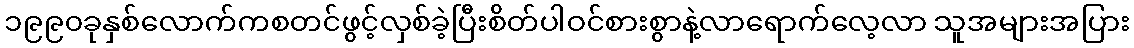
၁၉၉၀ခုနှစ်လောက်ကစတင်ဖွင့်လှစ်ခဲ့ပြီးစိတ်ပါဝင်စားစွာနဲ့လာရောက်လေ့လာ သူအများအပြား